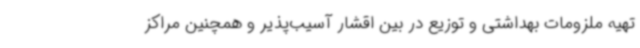
تهیه ملزومات بهداشتی و توزیع در بین اقشار آسیب‌پذیر و همچنین مراکز